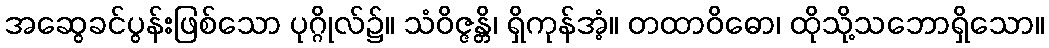
အဆွေခင်ပွန်းဖြစ်သော ပုဂ္ဂိုလ်၌။ သံဝိဇ္ဇန္တိ၊ ရှိကုန်အံ့။ တထာဝိဓော၊ ထိုသို့သဘောရှိသော။